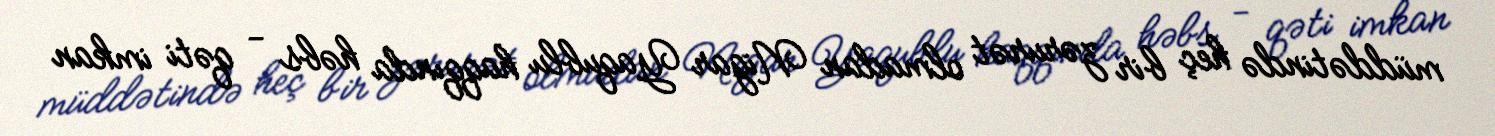
müddətində heç bir zərurət olmadan Nigar Yaqublu haqqında həbs - qəti imkan